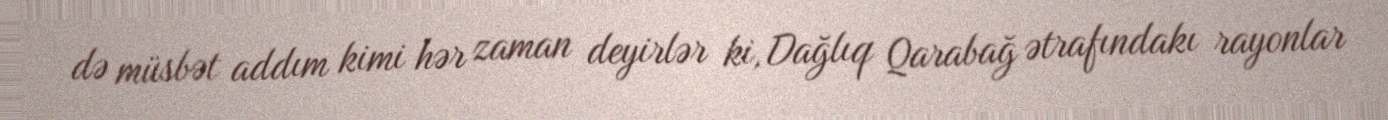
də müsbət addım kimi hər zaman deyirlər ki, Dağlıq Qarabağ ətrafındakı rayonlar